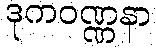
ဒုကဝဏ္ဏနာ